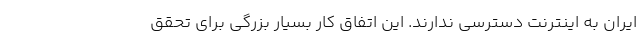
ایران به اینترنت دسترسی ندارند. این اتفاق کار بسیار بزرگی برای تحقق